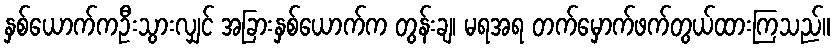
နှစ်ယောက်ကဦးသွားလျှင် အခြားနှစ်ယောက်က တွန်းချ၊ မရအရ တက်မှောက်ဖက်တွယ်ထားကြသည်။